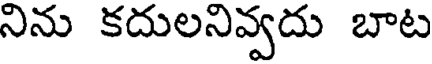
నిను కదులనివ్వదు బాట